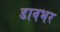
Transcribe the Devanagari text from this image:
डावभर